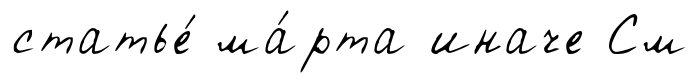
статье́ ма́рта иначе См